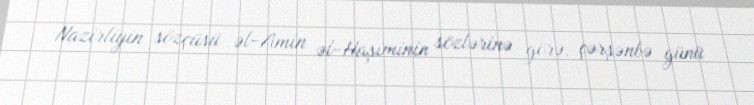
Nazirliyin sözçüsü əl-Amin əl-Haşiminin sözlərinə görə, çərşənbə günü